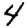
Digit: 4